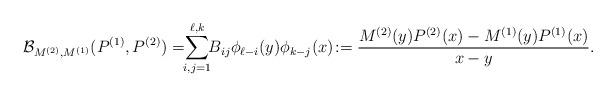
LaTeX: \begin{align*} \mathcal{B}_{M^{(2)},M^{(1)}}(P^{(1)},P^{(2)})=\!\!\sum_{i,j=1}^{\ell,k}\!\! B_{ij}\phi_{\ell-i}(y)\phi_{k-j}(x)\!:=\frac{M^{(2)}(y)P^{(2)}(x)-M^{(1)}(y)P^{(1)}(x)}{x-y}. \end{align*}